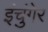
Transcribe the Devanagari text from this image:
इंचुंगेर